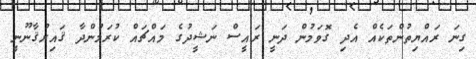
ގިނަ ރައްޔިތުންތަކެއް އެދި ގޮވަމުން ދަނީ ރައީސް ނަޝީދުގެ މައްޗައް ކުރަމުންދާ ޤައިރުޤާނޫނީ